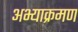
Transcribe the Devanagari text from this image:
अभ्याक्रमण